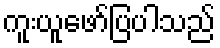
ကူးယူဖော်ပြပါသည်